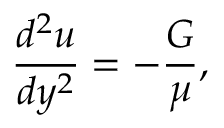
{ \frac { d ^ { 2 } u } { d y ^ { 2 } } } = - { \frac { G } { \mu } } ,